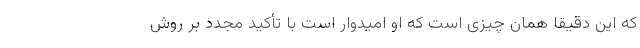
كه این دقیقاً همان چیزی است كه او امیدوار است با تأكید مجدد بر روش